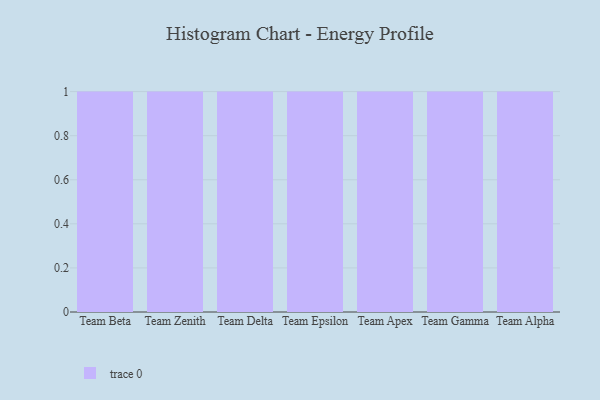
{"axis": {"x": "Team", "y": "Budget (USD K)"}, "legend": [""], "data": [{"x": "Team Beta", "y": 47, "type": ""}, {"x": "Team Zenith", "y": 66, "type": ""}, {"x": "Team Delta", "y": 72, "type": ""}, {"x": "Team Epsilon", "y": 65, "type": ""}, {"x": "Team Apex", "y": 29, "type": ""}, {"x": "Team Gamma", "y": 57, "type": ""}, {"x": "Team Alpha", "y": 61, "type": ""}]}